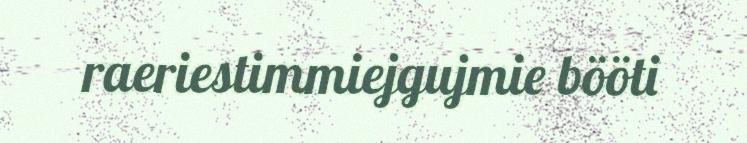
raeriestimmiejgujmie bööti